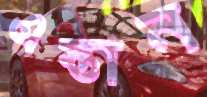
এস্তান